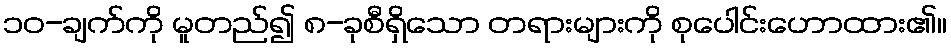
၁၀-ချက်ကို မူတည်၍ ၈-ခုစီရှိသော တရားများကို စုပေါင်းဟောထား၏။